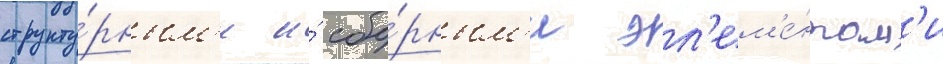
структу́рным'и и́ сбо́рным'и эл'ем'е́нтам'и